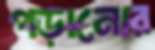
পড়ানোর